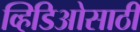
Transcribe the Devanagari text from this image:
व्हिडिओसाठी